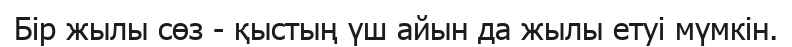
Бір жылы сөз - қыстың үш айын да жылы етуі мүмкін.